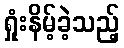
ရှုံးနိမ့်ခဲ့သည့်